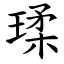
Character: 瑈